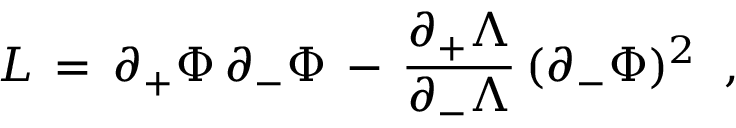
{ \cal L } \, = \, \partial _ { + } \Phi \, \partial _ { - } \Phi \, - \, { \frac { \partial _ { + } \Lambda } { \partial _ { - } \Lambda } } \, ( \partial _ { - } \Phi ) ^ { 2 } \; \; ,